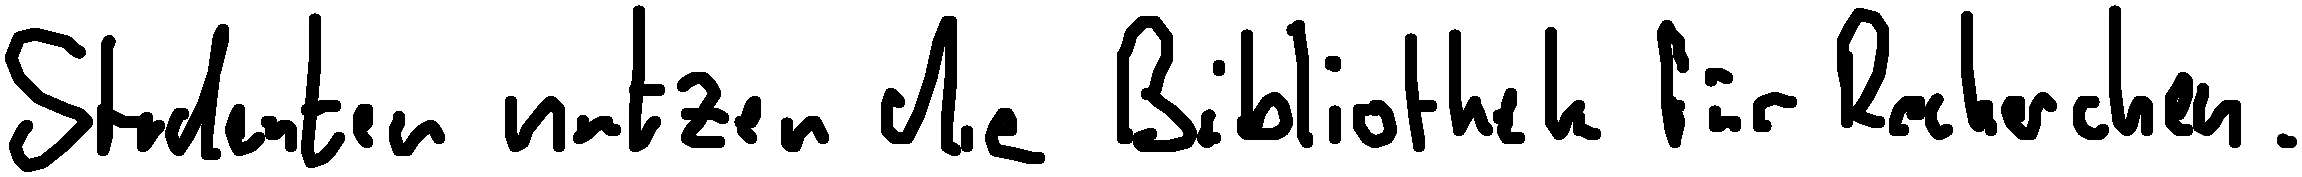
Studenten nutzen die Bibliothek für Recherchen.